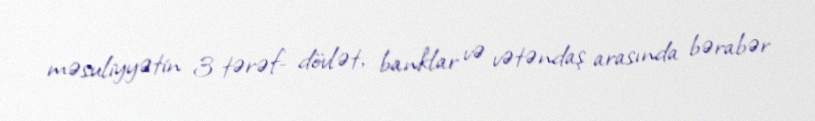
məsuliyyətin 3 tərəf- dövlət, banklar və vətəndaş arasında bərabər